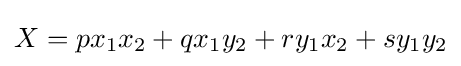
X=px_{1}x_{2}+qx_{1}y_{2}+ry_{1}x_{2}+sy_{1}y_{2}